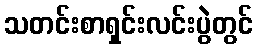
သတင်းစာရှင်းလင်းပွဲတွင်